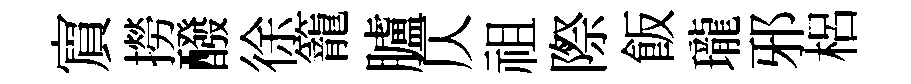
賔撈醱徐籠臚仄祖際飯瓏邪梠